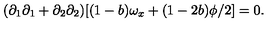
( \partial _ { 1 } \partial _ { 1 } + \partial _ { 2 } \partial _ { 2 } ) [ ( 1 - b ) \omega _ { x } + ( 1 - 2 b ) \phi / 2 ] = 0 .